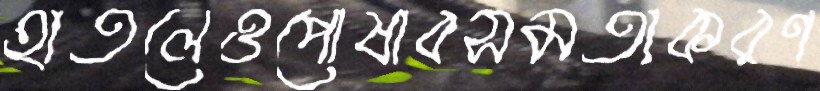
হাতলেওপোষাবসমতাকরণ